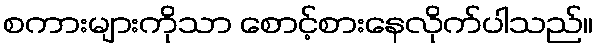
စကားများကိုသာ စောင့်စားနေလိုက်ပါသည်။